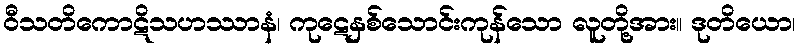
ဝီသတိကောဋိသဟဿာနံ၊ ကုဋေနှစ်သောင်းကုန်သော လူတို့အား။ ဒုတိယော၊